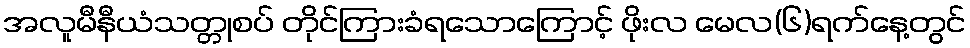
အလူမီနီယံသတ္တုစပ် တိုင်ကြားခံရသောကြောင့် ဖိုးလ မေလ(၆)ရက်နေ့တွင်